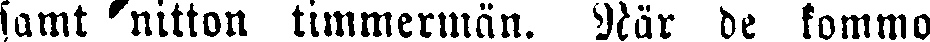
samt timmermän. När de kommo